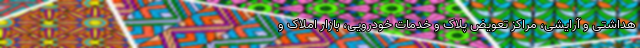
هداشتی و آرایشی، مراکز تعویض پلاک و خدمات خودرویی، بازار املاک و